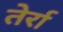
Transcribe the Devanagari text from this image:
तेर्रा